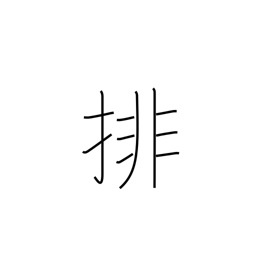
Meaning: arrange